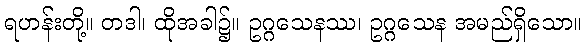
ရဟန်းတို့။ တဒါ၊ ထိုအခါ၌။ ဥဂ္ဂသေနဿ၊ ဥဂ္ဂသေန အမည်ရှိသော။